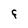
Character: F